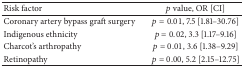
<table><thead><tr><td><b>Risk factor </b></td><td><b><i>p</i> value, OR [CI]</b></td></tr></thead><tbody><tr><td>Coronary artery bypass graft surgery</td><td><i>p</i> = 0.01, 7.5 [1.81–30.76]</td></tr><tr><td>Indigenous ethnicity</td><td><i>p</i> = 0.02, 3.3 [1.17–9.16]</td></tr><tr><td>Charcot&#x27;s arthropathy</td><td><i>p</i> = 0.01, 3.6 [1.38–9.29]</td></tr><tr><td>Retinopathy</td><td><i>p</i> = 0.00, 5.2 [2.15–12.75]</td></tr></tbody></table>